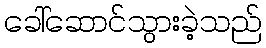
ခေါ်ဆောင်သွားခဲ့သည်